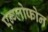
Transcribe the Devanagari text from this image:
एन्ग्लोफोन